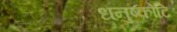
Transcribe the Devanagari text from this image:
धनुष्कोटि